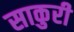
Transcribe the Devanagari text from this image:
साकुरी